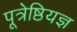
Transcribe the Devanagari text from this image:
पूत्रेष्ठियज्ञ